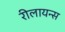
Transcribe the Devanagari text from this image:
रीलायन्स